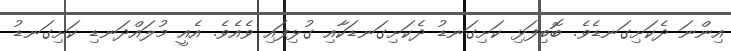
އިންނަ ދެކަށިގަނޑެވެ. ބޮބިފަޅި ކަށިގަނޑު ދެކަށިގަނޑަކާއި ގުޅިފައި ވެއެވެ. އެއީ މުލައްދަނޑި ކަށިގަނޑު